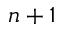
n + 1